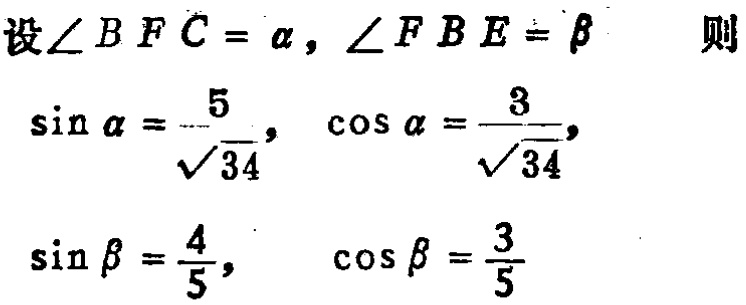
设\(\angle BFC = \alpha\)，\(\angle FBE = \beta\) 则
\(\sin\alpha = \frac{5}{\sqrt{34}}\)， \(\cos\alpha = \frac{3}{\sqrt{34}}\)，
\(\sin\beta = \frac{4}{5}\)， \(\cos\beta = \frac{3}{5}\)